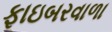
ફાઇબરવાળા